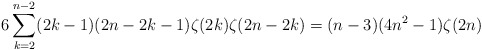
\begin{align*} 6\sum_{k=2}^{n-2} (2k-1)(2n-2k-1) \zeta(2k)\zeta(2n-2k)=(n-3)(4n^2-1) \zeta(2n)\end{align*}